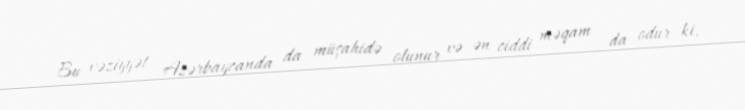
Bu vəziyyət Azərbaycanda da müşahidə olunur və ən ciddi məqam da odur ki,